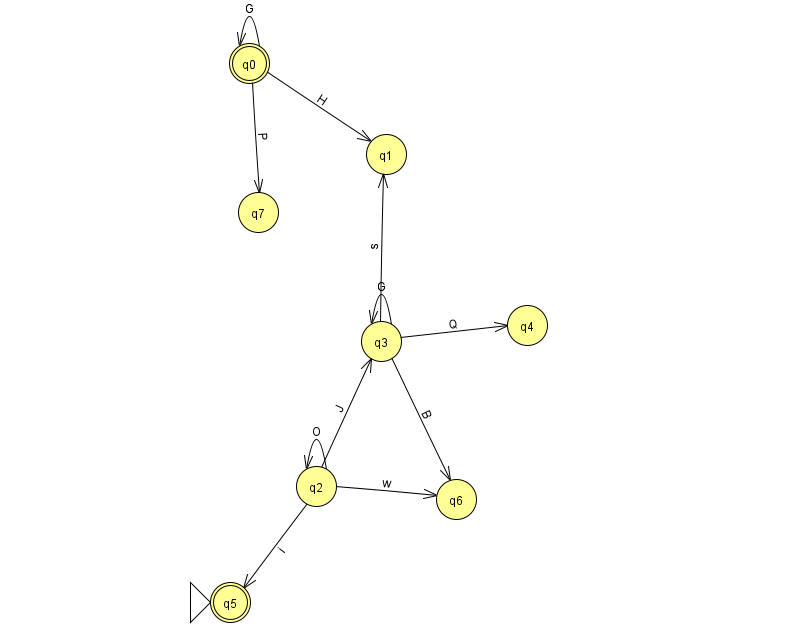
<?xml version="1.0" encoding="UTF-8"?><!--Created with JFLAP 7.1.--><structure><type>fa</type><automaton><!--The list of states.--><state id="0" name="q0"><x>249.0</x><y>50.0</y><final/></state><state id="1" name="q1"><x>386.0</x><y>141.0</y></state><state id="2" name="q2"><x>316.0</x><y>473.0</y></state><state id="3" name="q3"><x>381.0</x><y>328.0</y></state><state id="4" name="q4"><x>527.0</x><y>312.0</y></state><state id="5" name="q5"><x>230.0</x><y>589.0</y><initial/><final/></state><state id="6" name="q6"><x>456.0</x><y>486.0</y></state><state id="7" name="q7"><x>258.0</x><y>199.0</y></state><!--The list of transitions.--><transition><from>2</from><to>3</to><read>J</read></transition><transition><from>2</from><to>5</to><read>i</read></transition><transition><from>3</from><to>4</to><read>Q</read></transition><transition><from>0</from><to>0</to><read>G</read></transition><transition><from>3</from><to>3</to><read>G</read></transition><transition><from>3</from><to>6</to><read>B</read></transition><transition><from>2</from><to>6</to><read>w</read></transition><transition><from>0</from><to>1</to><read>H</read></transition><transition><from>3</from><to>1</to><read>s</read></transition><transition><from>0</from><to>7</to><read>P</read></transition><transition><from>2</from><to>2</to><read>O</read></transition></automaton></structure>